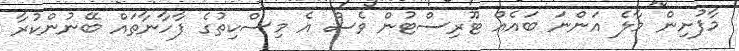
މާފުށިން މާލެ އަންނަ ބައެއް ޓޫރިސްޓުން ވެސް އެ މިސްކިތުގެ ފާހާނާތައް ބޭނުންކުރާ